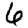
Digit: 6